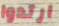
ارتدوا